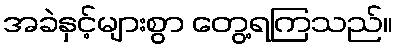
အခဲနှင့်များစွာ တွေ့ရကြသည်။